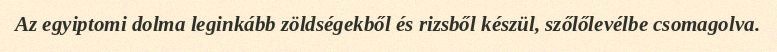
Az egyiptomi dolma leginkább zöldségekből és rizsből készül, szőlőlevélbe csomagolva.